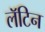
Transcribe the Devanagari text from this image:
लॅॅॅटिन